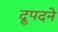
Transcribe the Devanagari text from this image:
द्रुपदने